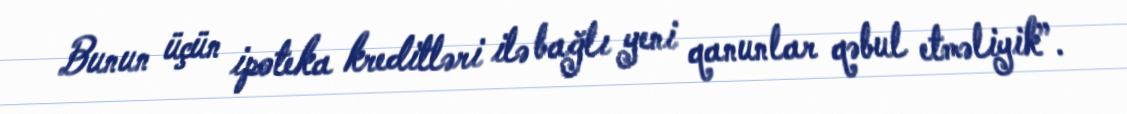
Bunun üçün ipoteka kreditləri ilə bağlı yeni qanunlar qəbul etməliyik”.